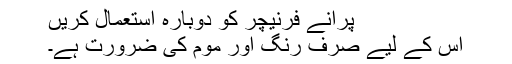
پرانے فرنیچر کو دوبارہ استعمال کریں
اس کے لیے صرف رنگ اور موم کی ضرورت ہے۔